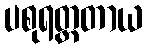
ပစုရတ္ထတာယ